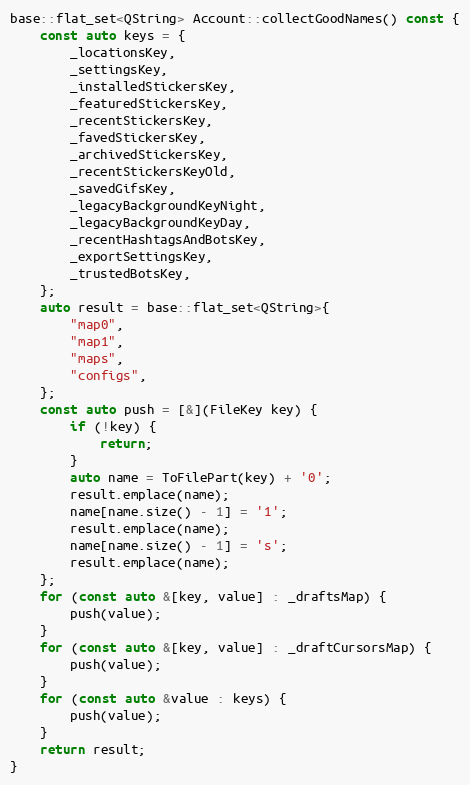
Language: C++
base::flat_set<QString> Account::collectGoodNames() const {
	const auto keys = {
		_locationsKey,
		_settingsKey,
		_installedStickersKey,
		_featuredStickersKey,
		_recentStickersKey,
		_favedStickersKey,
		_archivedStickersKey,
		_recentStickersKeyOld,
		_savedGifsKey,
		_legacyBackgroundKeyNight,
		_legacyBackgroundKeyDay,
		_recentHashtagsAndBotsKey,
		_exportSettingsKey,
		_trustedBotsKey,
	};
	auto result = base::flat_set<QString>{
		"map0",
		"map1",
		"maps",
		"configs",
	};
	const auto push = [&](FileKey key) {
		if (!key) {
			return;
		}
		auto name = ToFilePart(key) + '0';
		result.emplace(name);
		name[name.size() - 1] = '1';
		result.emplace(name);
		name[name.size() - 1] = 's';
		result.emplace(name);
	};
	for (const auto &[key, value] : _draftsMap) {
		push(value);
	}
	for (const auto &[key, value] : _draftCursorsMap) {
		push(value);
	}
	for (const auto &value : keys) {
		push(value);
	}
	return result;
}